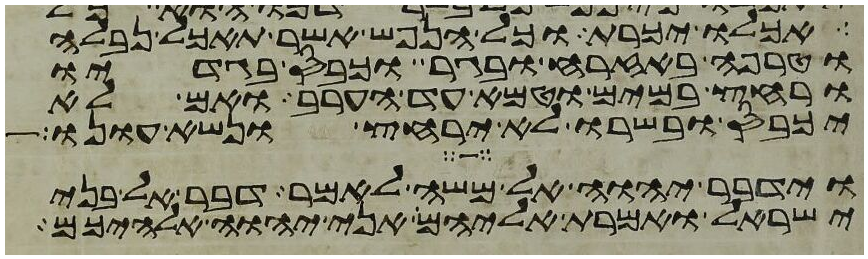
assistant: אכלו יכרת וכל הנפש אשר תאכל נבלה
וטרפה באזרח ובגר וכבס בגדיו
ורחץ במים וטמא עד הערב ואם לא
יכבס ובשרו לא ירחץ ונשא עונו
וידבר יהוה אל משה לאמר דבר אל בני
ישראל ואמרת אליהם אני יהוה אלהיכם